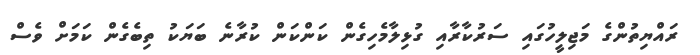
ރައްޔިތުންގެ މަޖިލީހުގައި ސަރުކާރާއި ގުޅިލާމެހިގެން ކަންކަން ކުރާނެ ބަޔަކު ތިބެގެން ކަމަށް ވެސް